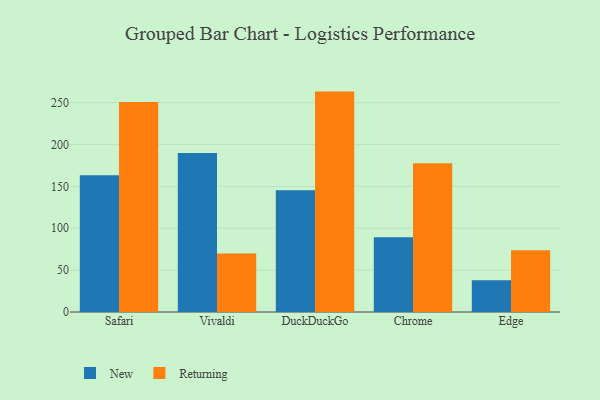
{"axis": {"x": "Browser", "y": "Operating Costs (USD K)"}, "legend": ["New", "Returning"], "data": [{"x": "Safari", "y": 163.3, "type": "New"}, {"x": "Safari", "y": 250.7, "type": "Returning"}, {"x": "Vivaldi", "y": 190.0, "type": "New"}, {"x": "Vivaldi", "y": 70.0, "type": "Returning"}, {"x": "DuckDuckGo", "y": 145.5, "type": "New"}, {"x": "DuckDuckGo", "y": 263.2, "type": "Returning"}, {"x": "Chrome", "y": 89.4, "type": "New"}, {"x": "Chrome", "y": 177.7, "type": "Returning"}, {"x": "Edge", "y": 38.0, "type": "New"}, {"x": "Edge", "y": 73.6, "type": "Returning"}]}